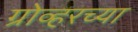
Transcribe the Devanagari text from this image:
ग्रोव्हरच्या